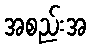
အစည်းအ